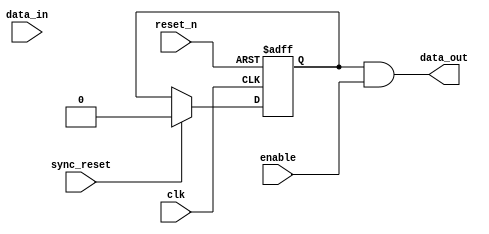
module delay_line(clk, sync_reset, data_in, enable, reset_n, data_out);
	parameter       count = 1;
	input           clk;
	input           sync_reset;
	input           data_in;
	input           enable;
	input           reset_n;
	
	output          data_out;
	
	reg [count-1:0] shift_reg;
	reg [count-1:0] shift_next;
	
	always @(posedge clk or negedge reset_n)
		if (reset_n == 1'b0)
			shift_reg <= {count{1'b0}};
		else 
			shift_reg <= shift_next;
	
	
	always @(shift_reg or enable or data_in or sync_reset)
	begin
		shift_next <= shift_reg;
		
		if (enable == 1'b1)
			shift_next <= {data_in, shift_reg[count - 1:1]};
		
		if (sync_reset == 1'b1)
			shift_next <= {count{1'b0}};
	end
	
	assign data_out = shift_reg[0] & enable;
	
endmodule